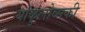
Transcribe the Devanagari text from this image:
यांकुलोव्सकी